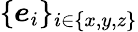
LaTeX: \{ \boldsymbol{e}_{i}\} _{i\in\{ x,y,z\} }